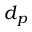
d _ { p }